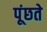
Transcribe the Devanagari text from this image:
पूंछते